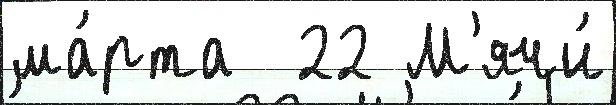
ма́рта  22 М'ячи́